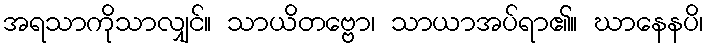
အရသာကိုသာလျှင်။ သာယိတဗ္ဗော၊ သာယာအပ်ရာ၏။ ဃာနေနပိ၊